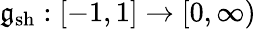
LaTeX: \mathfrak{g}_{\mathrm{sh}}:[-1,1]\to[0,\infty)